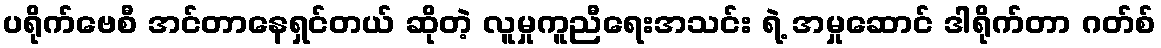
ပရိုက်ဗေစီ အင်တာနေရှင်တယ် ဆိုတဲ့ လူမှုကူညီရေးအသင်း ရဲ့ အမှုဆောင် ဒါရိုက်တာ ဂတ်စ်